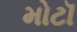
મોટૉ